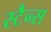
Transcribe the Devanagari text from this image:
स्टैन्स